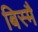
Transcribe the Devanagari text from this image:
बिस्मै